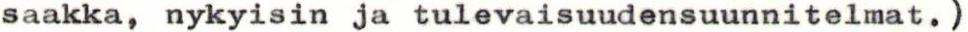
saakka, nykyisin ja tulevaisuudensuunnitelmat.)